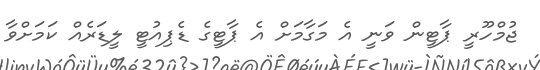
ޖުމްހޫރީ ޕާޓީން ވަނީ އެ މަގާމަށް އެ ޕާޓީގެ ޑެޕިއުޓީ ލީޑަރެއް ކަމަށްވާ